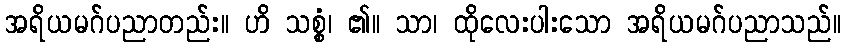
အရိယမဂ်ပညာတည်း။ ဟိ သစ္စံ၊ ၏။ သာ၊ ထိုလေးပါးသော အရိယမဂ်ပညာသည်။